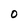
Character: O